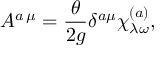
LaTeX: A ^ { a \, \mu } = \frac { \theta } { 2 g } \delta ^ { a \mu } \chi _ { \lambda \omega } ^ { ( a ) } ,